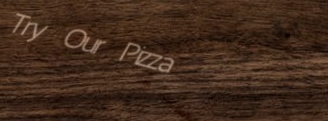
Try Our Pizza